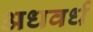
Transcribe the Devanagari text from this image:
अधवर्ध